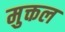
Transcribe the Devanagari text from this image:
मुक्तल